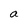
Character: a